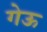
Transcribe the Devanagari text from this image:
गेऊ